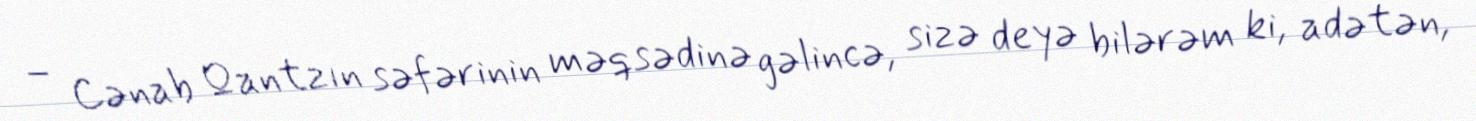
– Cənab Qantzın səfərinin məqsədinə gəlincə, sizə deyə bilərəm ki, adətən,